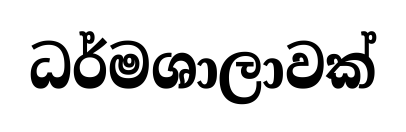
ධර්මශාලාවක්